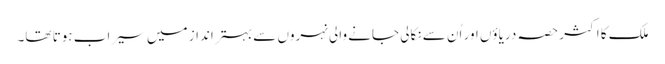
ملک کا اکثر حصہ دریاؤں اور اُن سے نکالی جانے والی نہروں سے بہتر انداز میں سیراب ہوتا تھا۔